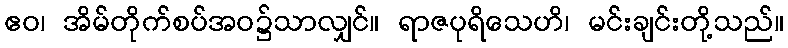
ဧဝ၊ အိမ်တိုက်စပ်အဝ၌သာလျှင်။ ရာဇပုရိသေဟိ၊ မင်းချင်းတို့သည်။